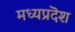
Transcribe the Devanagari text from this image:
मध्यप्रदॆश